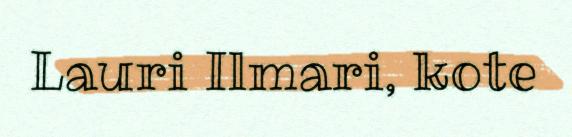
Lauri Ilmari, kote